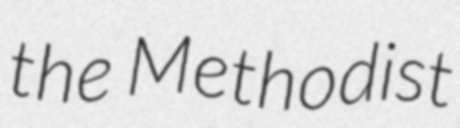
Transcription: the Methodist